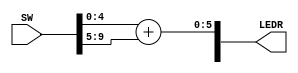
module add(SW, LEDR);

input   [9:0]   SW;
output  [9:0]   LEDR;

wire [4:0] a;
wire [4:0] b;

wire [5:0] y;

assign a = SW[4:0];
assign b = SW[9:5];

assign y = a + b;

assign LEDR[5:0] = y;

endmodule